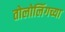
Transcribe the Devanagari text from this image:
तोलोलिंगच्या